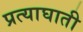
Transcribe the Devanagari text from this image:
प्रत्याघाती